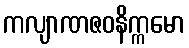
ကလျာဏဇဝနိက္ကမော